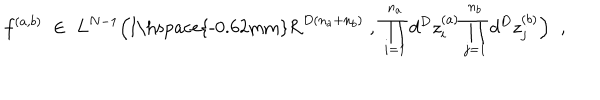
LaTeX: f ^ { ( a , b ) } \; \in \; L ^ { N - 1 } \Big ( \mathrm { I \hspace { - 0 . 6 2 m m } R } ^ { D ( n _ { a } + n _ { b } ) } \; , \; \prod _ { i = 1 } ^ { n _ { a } } d ^ { D } z _ { i } ^ { ( a ) } \prod _ { j = 1 } ^ { n _ { b } } d ^ { D } z _ { j } ^ { ( b ) } \Big ) \; \; ,